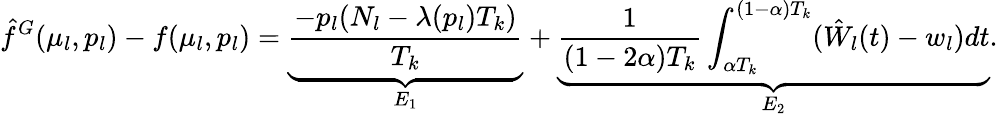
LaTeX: \hat{f}^{G}(\mu_{l},p_{l})-f(\mu_{l},p_{l})=\underbrace{\frac{-p_{l}(N_{l}-\lambda(p_{l})T_{k})}{T_{k}}}_{E_{1}}+\underbrace{\frac{1}{(1-2\alpha)T_{k}}\int_{\alpha T_{k}}^{(1-\alpha)T_{k}}(\hat{W}_{l}(t)-w_{l})dt}_{E_{2}}.